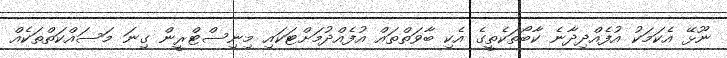
ނޫޅޭ އެކަމަކު އުފެއްދިދާނެ ކާބޯތަކެތީގެ އެކި ބާވަތްތައް އުފެއްދުމަށްޓަކައި މިނިސްޓްރީން ގިނަ މަސައްކަތްތަކެއް